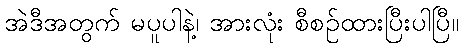
အဲဒီအတွက် မပူပါနဲ့၊ အားလုံး စီစဉ်ထားပြီးပါပြီ။